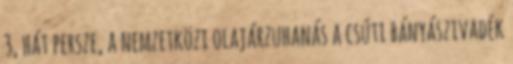
3, hát persze, a nemzetközi olajárzuhanás a csúti bányászivadék